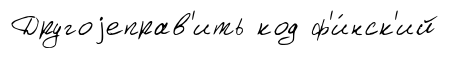
Другоjеправ'ить код ф'и́нск'ий